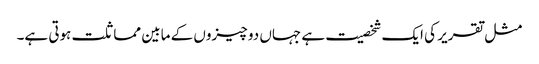
مثل تقریر کی ایک شخصیت ہے جہاں دو چیزوں کے مابین مماثلت ہوتی ہے۔